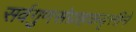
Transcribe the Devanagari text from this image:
सर्वगुणसंग्राहकवृत्तीने